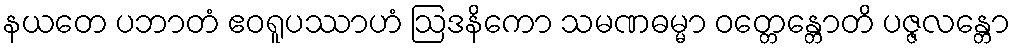
နယတေ ပဘာတံ ဧဝရူပဿာဟံ ဩဒနိကော သမဏဓမ္မာ ဝတ္တေန္တောတိ ပဇ္ဇလန္တော